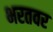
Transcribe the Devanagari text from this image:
भरतवर